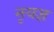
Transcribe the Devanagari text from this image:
नृयज्ञ